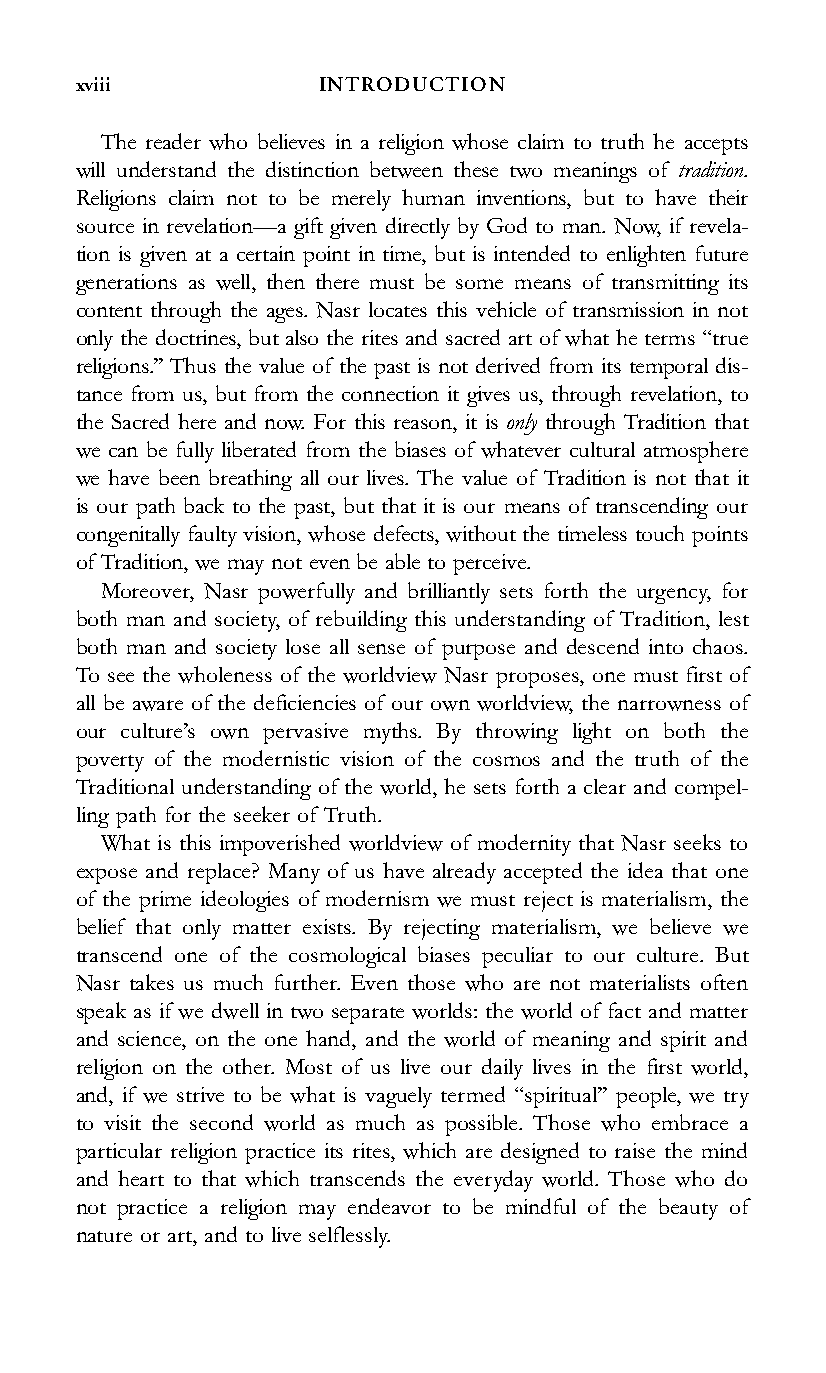
xviii           INTRODUCTION
 The reader who believes in a religion whose claim to truth he accepts
 will understand the distinction between these two meanings of tradition.
 Religions claim not to be merely human inventions, but to have their
 source in revelation—a gift given directly by God to man. Now, if revela-
 tion is given at a certain point in time, but is intended to enlighten future
 generations as well, then there must be some means of transmitting its
 content through the ages. Nasr locates this vehicle of transmission in not
 only the doctrines, but also the rites and sacred art of what he terms ‘‘true
 religions.’’ Thus the value of the past is not derived from its temporal dis-
 tance from us, but from the connection it gives us, through revelation, to
 the Sacred here and now. For this reason, it is only through Tradition that
 we can be fully liberated from the biases of whatever cultural atmosphere
 we have been breathing all our lives. The value of Tradition is not that it
 is our path back to the past, but that it is our means of transcending our
 congenitally faulty vision, whose defects, without the timeless touch points
 of Tradition, we may not even be able to perceive.
 Moreover, Nasr powerfully and brilliantly sets forth the urgency, for
 both man and society, of rebuilding this understanding of Tradition, lest
 both man and society lose all sense of purpose and descend into chaos.
 To see the wholeness of the worldview Nasr proposes, one must first of
 all be aware of the deficiencies of our own worldview, the narrowness of
 our culture’s own pervasive myths. By throwing light on both the
 poverty of the modernistic vision of the cosmos and the truth of the
 Traditional understanding of the world, he sets forth a clear and compel-
 ling path for the seeker of Truth.
 What is this impoverished worldview of modernity that Nasr seeks to
 expose and replace? Many of us have already accepted the idea that one
 of the prime ideologies of modernism we must reject is materialism, the
 belief that only matter exists. By rejecting materialism, we believe we
 transcend one of the cosmological biases peculiar to our culture. But
 Nasr takes us much further. Even those who are not materialists often
 speak as if we dwell in two separate worlds: the world of fact and matter
 and science, on the one hand, and the world of meaning and spirit and
 religion on the other. Most of us live our daily lives in the first world,
 and, if we strive to be what is vaguely termed ‘‘spiritual’’ people, we try
 to visit the second world as much as possible. Those who embrace a
 particular religion practice its rites, which are designed to raise the mind
 and heart to that which transcends the everyday world. Those who do
 not practice a religion may endeavor to be mindful of the beauty of
 nature or art, and to live selflessly.